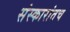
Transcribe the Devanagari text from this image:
संस्कारांतच